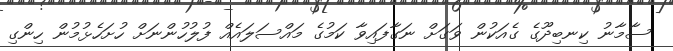
ސާމާނު ކިނބިދޫގެ ގެއަކުން ވަގަށް ނަގާފައިވާ ކަމުގެ މައްސަލައެއް ފުލުހުންނަށް ހުށަހެޅުމުން ހިންގި